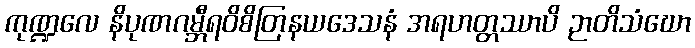
ကုဏ္ဍလေ နိပုဏဂမ္ဘီရဝိစိတြနယဒေသနံ အရဟတ္တဿာပိ ဉာတိသံဃော